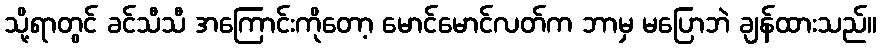
သို့ရာတွင် ခင်သီသီ အကြောင်းကိုတော့ မောင်မောင်လတ်က ဘာမှ မပြောဘဲ ချန်ထားသည်။